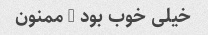
خیلی خوب بود … ممنون